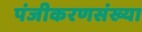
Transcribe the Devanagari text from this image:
पंजीकरणसंख्या